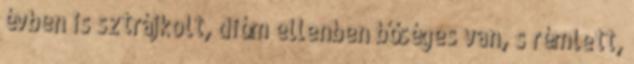
évben is sztrájkolt, dióm ellenben bőséges van, s rémlett,